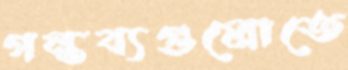
গন্তব্যগুলোতে